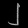
Digit: ၂